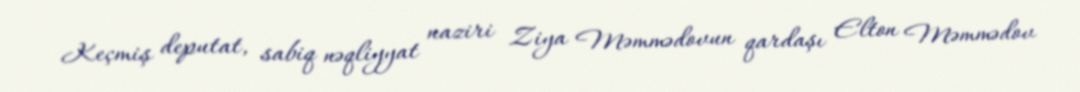
Keçmiş deputat, sabiq nəqliyyat naziri Ziya Məmmədovun qardaşı Elton Məmmədov